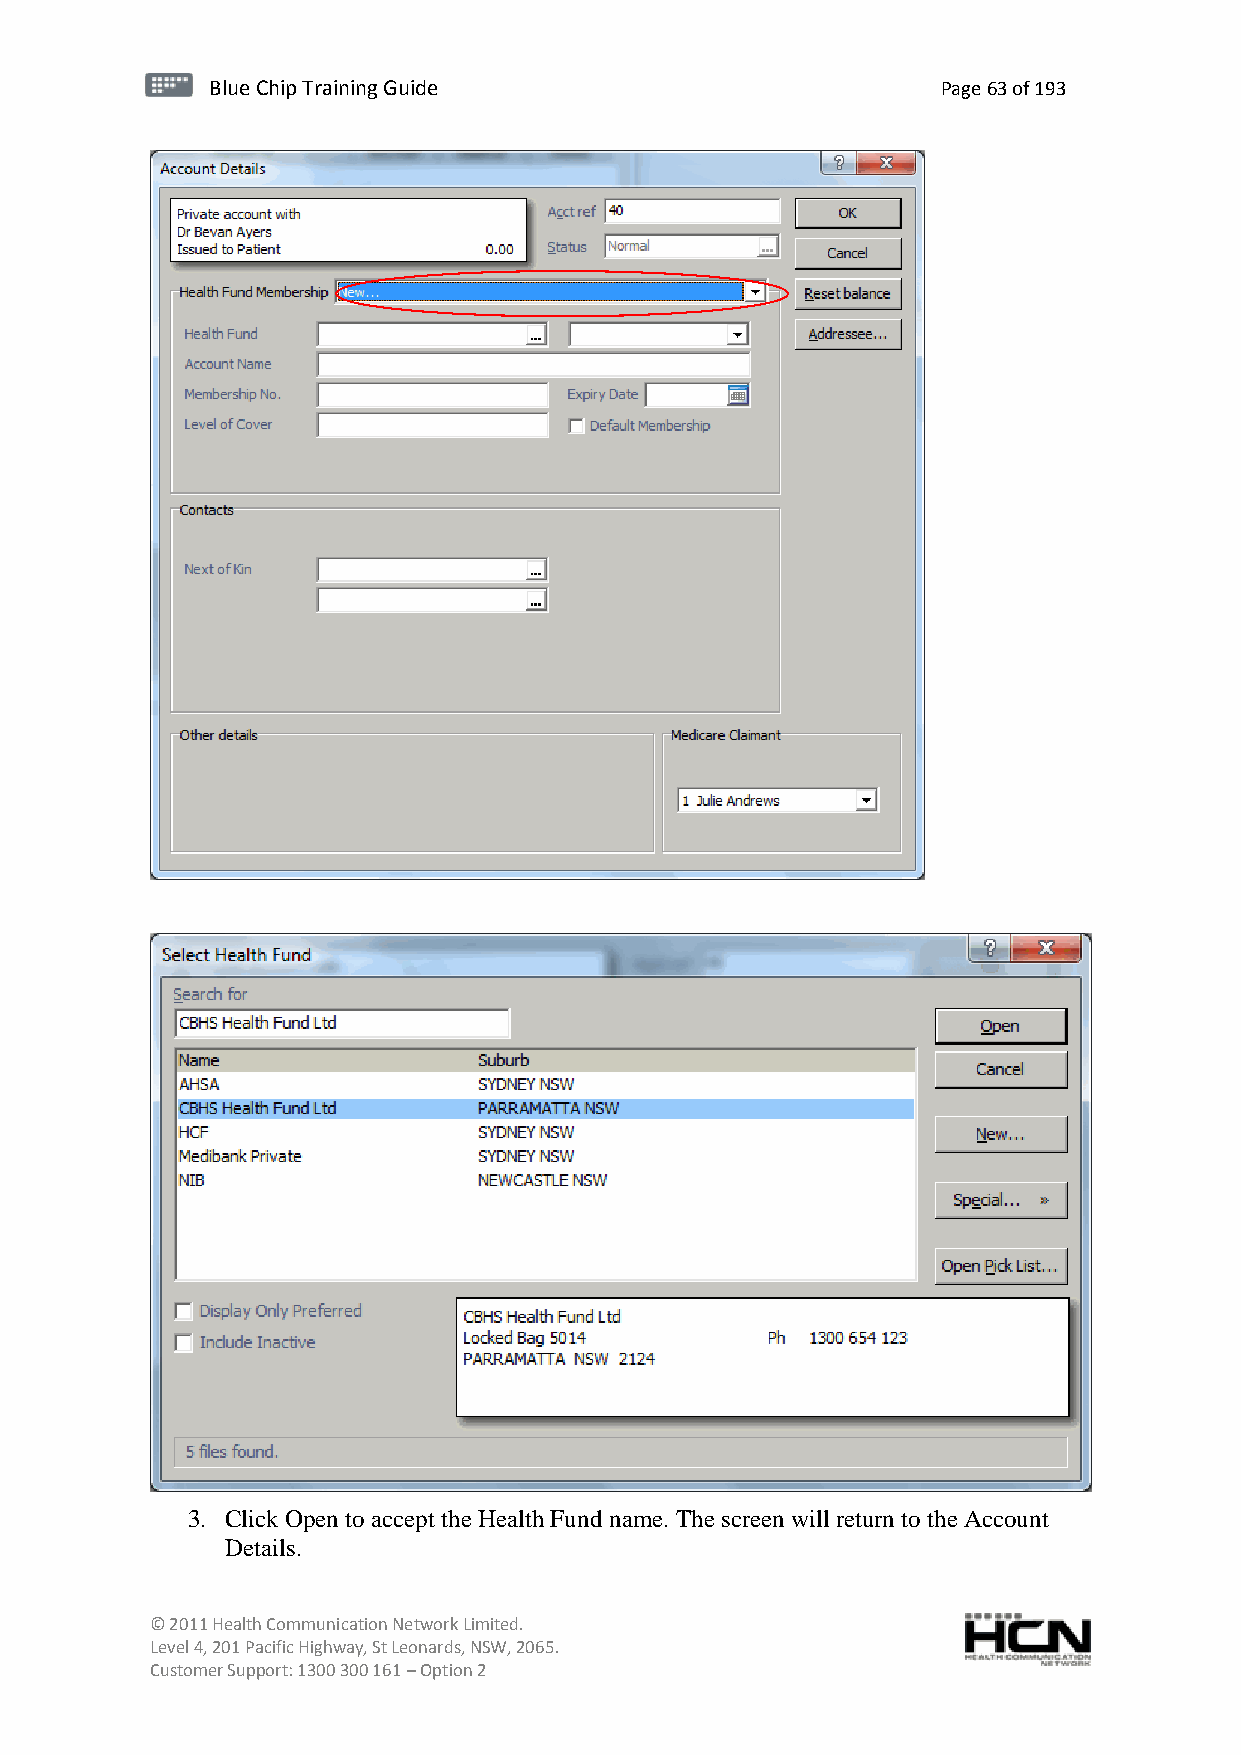
BBlluuee C Chihpi pTr Tairnainingi Gnugi dGeu ide Page 63 of 193
 3. Click Open to accept the Health Fund name. The screen will return to the Account
 Details.
 © 2011 Health Communication Network Limited.
 Level 4, 201 Pacific Highway, St Leonards, NSW, 2065.
 Customer Support: 1300 300 161 – Option 2